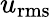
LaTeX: u_{\mathrm{rms}}